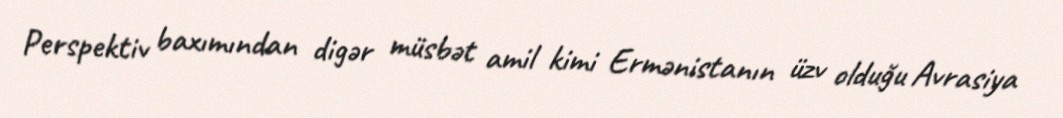
Perspektiv baxımından digər müsbət amil kimi Ermənistanın üzv olduğu Avrasiya